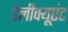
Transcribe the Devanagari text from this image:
डेलीक्यूएंट